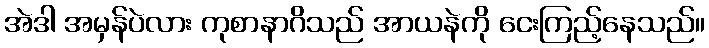
အဲဒါ အမှန်ပဲလား ကုစာနာဂိသည် အာယနဲကို ငေးကြည့်နေသည်။